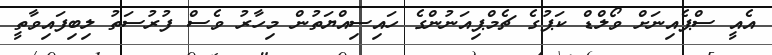
އެއީ ސްޕެއިނަށް ވޯލްޑް ކަޕުގެ ޗެމްޕިއަނުންގެ ހައިސިއްޔަތުން މިހާރު ވެސް ފުރުސަތު ލިބިފައިވާތީ